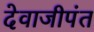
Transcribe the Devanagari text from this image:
देवाजीपंत